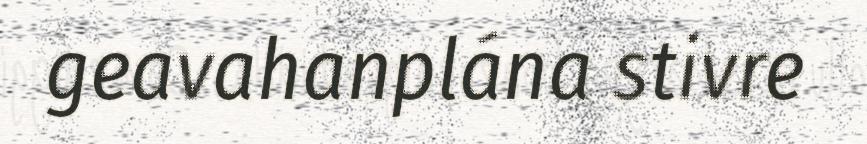
geavahanplána stivre